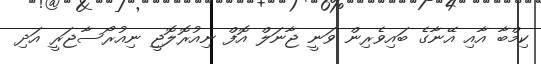
ކިމްބާ އާއި އޭނާގެ ބައިވެރިން ވަނީ ޖާނަލް އޮފް ނިއުރޮލޮޖީ ނިއުރޯސާޖަރީ އަދި